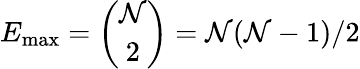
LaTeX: E_{\operatorname*{max}}={\binom{\mathcal{N}}{2}}=\mathcal{N}(\mathcal{N}-1)/2